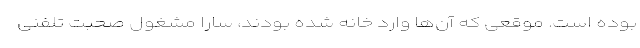
بوده است. موقعی که آن‌ها وارد خانه شده بودند، سارا مشغول صحبت تلفنی